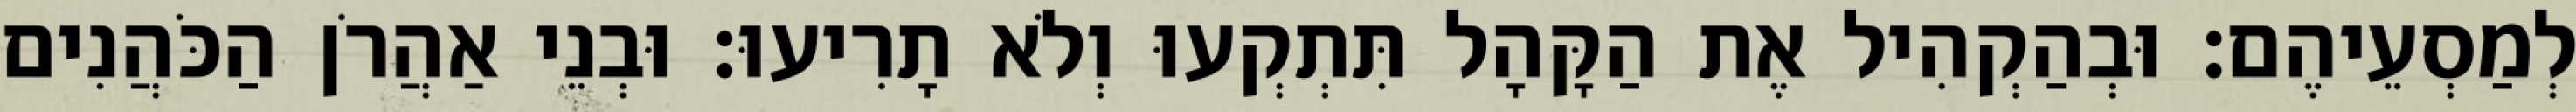
לְמַסְעֵיהֶם׃ וּבְהַקְהִיל אֶת הַקָּהָל תִּתְקְעוּ וְלֹא תָרִיעוּ׃ וּבְנֵי אַהֲרֹן הַכֹּהֲנִים